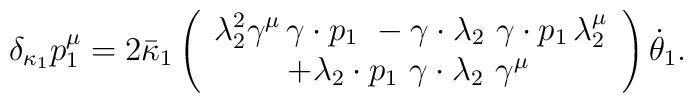
\delta _{\kappa _1}p_1^\mu =2\bar{\kappa}_1\left( \begin{array}{c}\lambda _2^2\gamma ^\mu \,\gamma \cdot p_1\ -\gamma \cdot \lambda_2\,\,\gamma \cdot p_1\,\lambda _2^\mu  \\ +\lambda _2\cdot p_1\,\,\gamma \cdot \lambda _2\,\,\gamma ^\mu \,\end{array}\right) \dot{\theta}_1.